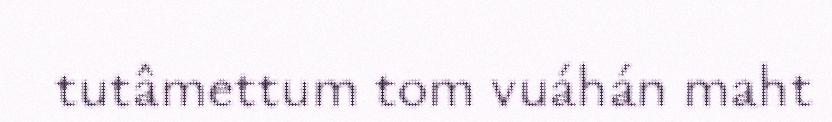
tutâmettum tom vuáhán maht